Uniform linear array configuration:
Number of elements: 32
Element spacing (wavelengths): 1
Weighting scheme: cosine
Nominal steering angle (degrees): -15
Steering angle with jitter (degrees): -16.407
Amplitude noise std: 0.05
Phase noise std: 0.05

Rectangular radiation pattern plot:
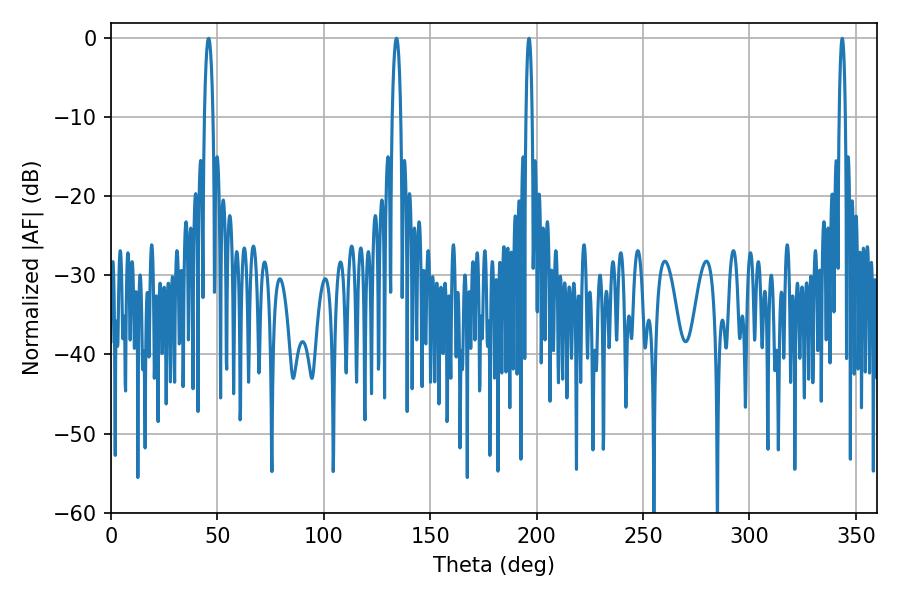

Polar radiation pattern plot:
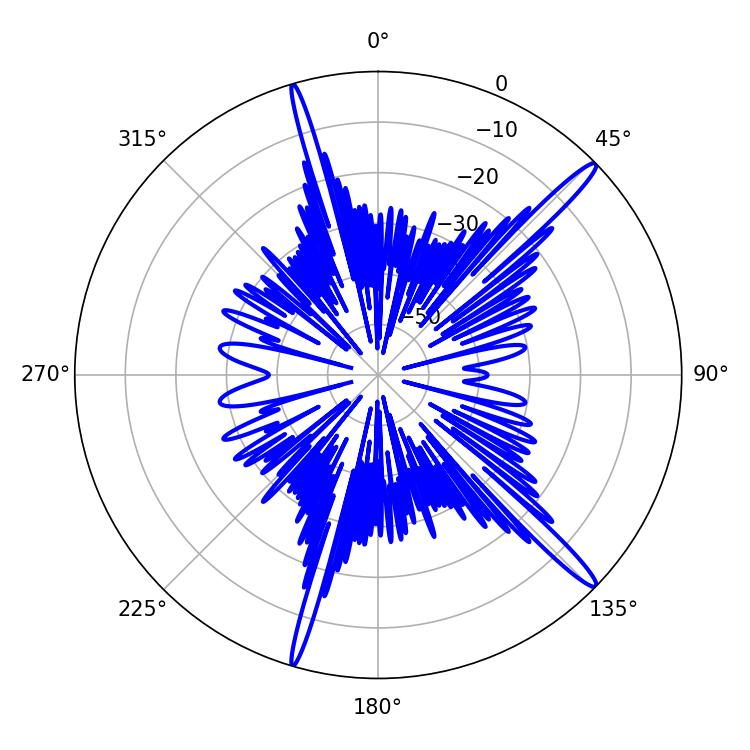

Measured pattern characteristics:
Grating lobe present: TRUE
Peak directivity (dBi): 16.402
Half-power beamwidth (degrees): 1.62
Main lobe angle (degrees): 196.38